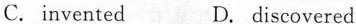
C.invented D.discovered